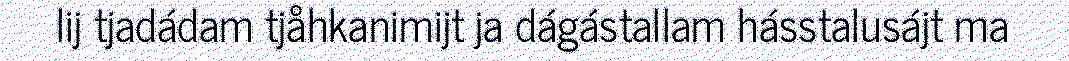
lij tjadádam tjåhkanimijt ja dágástallam hásstalusájt ma